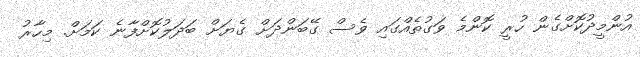
އުންމީދުކޮށްގެން ހުރީ ކޮންމެ ވަގުތެއްގައި ވެސް ގޭބަންދަށް ގެޔަށް ބަދަލުކޮށްފާނެ ކަމަށް. މިހާރު